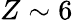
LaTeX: Z\sim 6